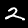
Label: 2